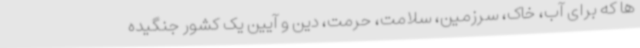
ها که برای آب، خاک، سرزمین، سلامت، حرمت، دین و آیین یک کشور جنگیده